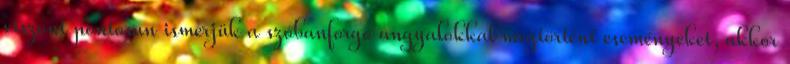
viszont pontosan ismerjük a szóbanforgó angyalokkal megtörtént eseményeket, akkor